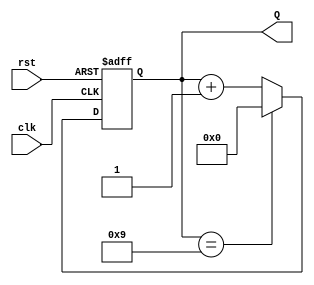
module decade_counter (
    input wire clk,       // Clock input
    input wire rst,       // Asynchronous reset input
    output reg [3:0] Q    // 4-bit output for the count
);

// Always block to describe the behavior of the counter
always @(posedge clk or posedge rst) begin
    if (rst) begin
        Q <= 4'b0000;    // Reset count to 0 if reset signal is high
    end else begin
        if (Q == 4'b1001) begin
            Q <= 4'b0000; // Reset to 0 if count reaches 10 (binary 1010)
        end else begin
            Q <= Q + 1;   // Increment the count
        end
    end
end

endmodule